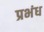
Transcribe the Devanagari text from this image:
प्रभंध